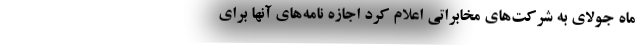
ماه جولای به شرکت‌های مخابراتی اعلام کرد اجازه نامه‌های آنها برای